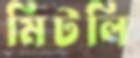
মিটলি